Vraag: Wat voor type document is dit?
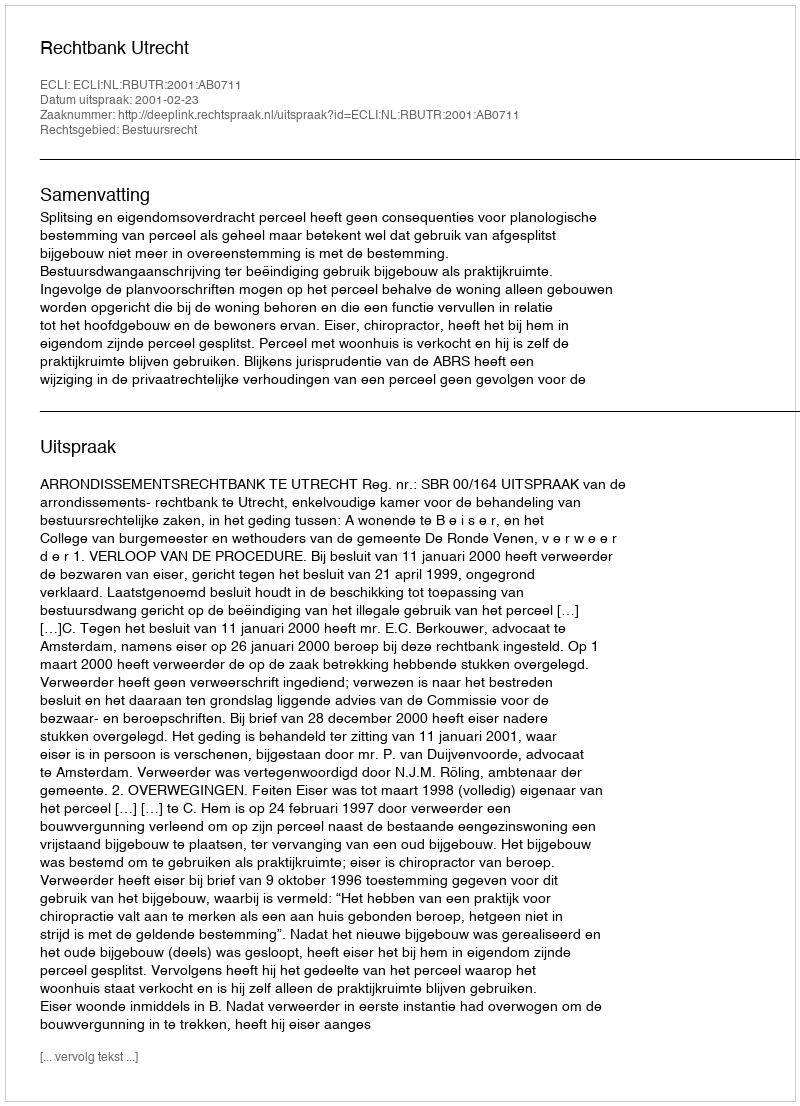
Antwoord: Uitspraak